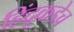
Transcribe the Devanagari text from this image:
हिंदूकडेच